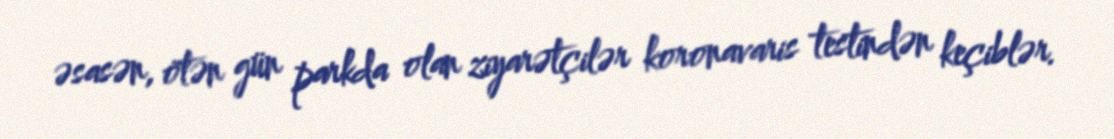
əsasən, ötən gün parkda olan ziyarətçilər koronavaris testindən keçiblər.